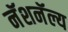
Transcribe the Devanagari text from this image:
नॅशनॅल्य